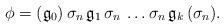
LaTeX: \begin{align*}\phi=(\mathfrak{g}_0)\,\sigma_n\, \mathfrak{g}_1\,\sigma_n\,\ldots \sigma_n\,\mathfrak{g}_k\,(\sigma_n).\end{align*}